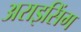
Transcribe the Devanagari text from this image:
अराइसिंग